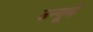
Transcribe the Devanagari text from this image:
उन्गूमे